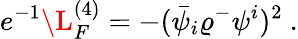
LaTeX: e^{-1}\L_{F}^{(4)}=-(\bar{\psi}_{i}\varrho^{-}\psi^{i})^{2}\ .